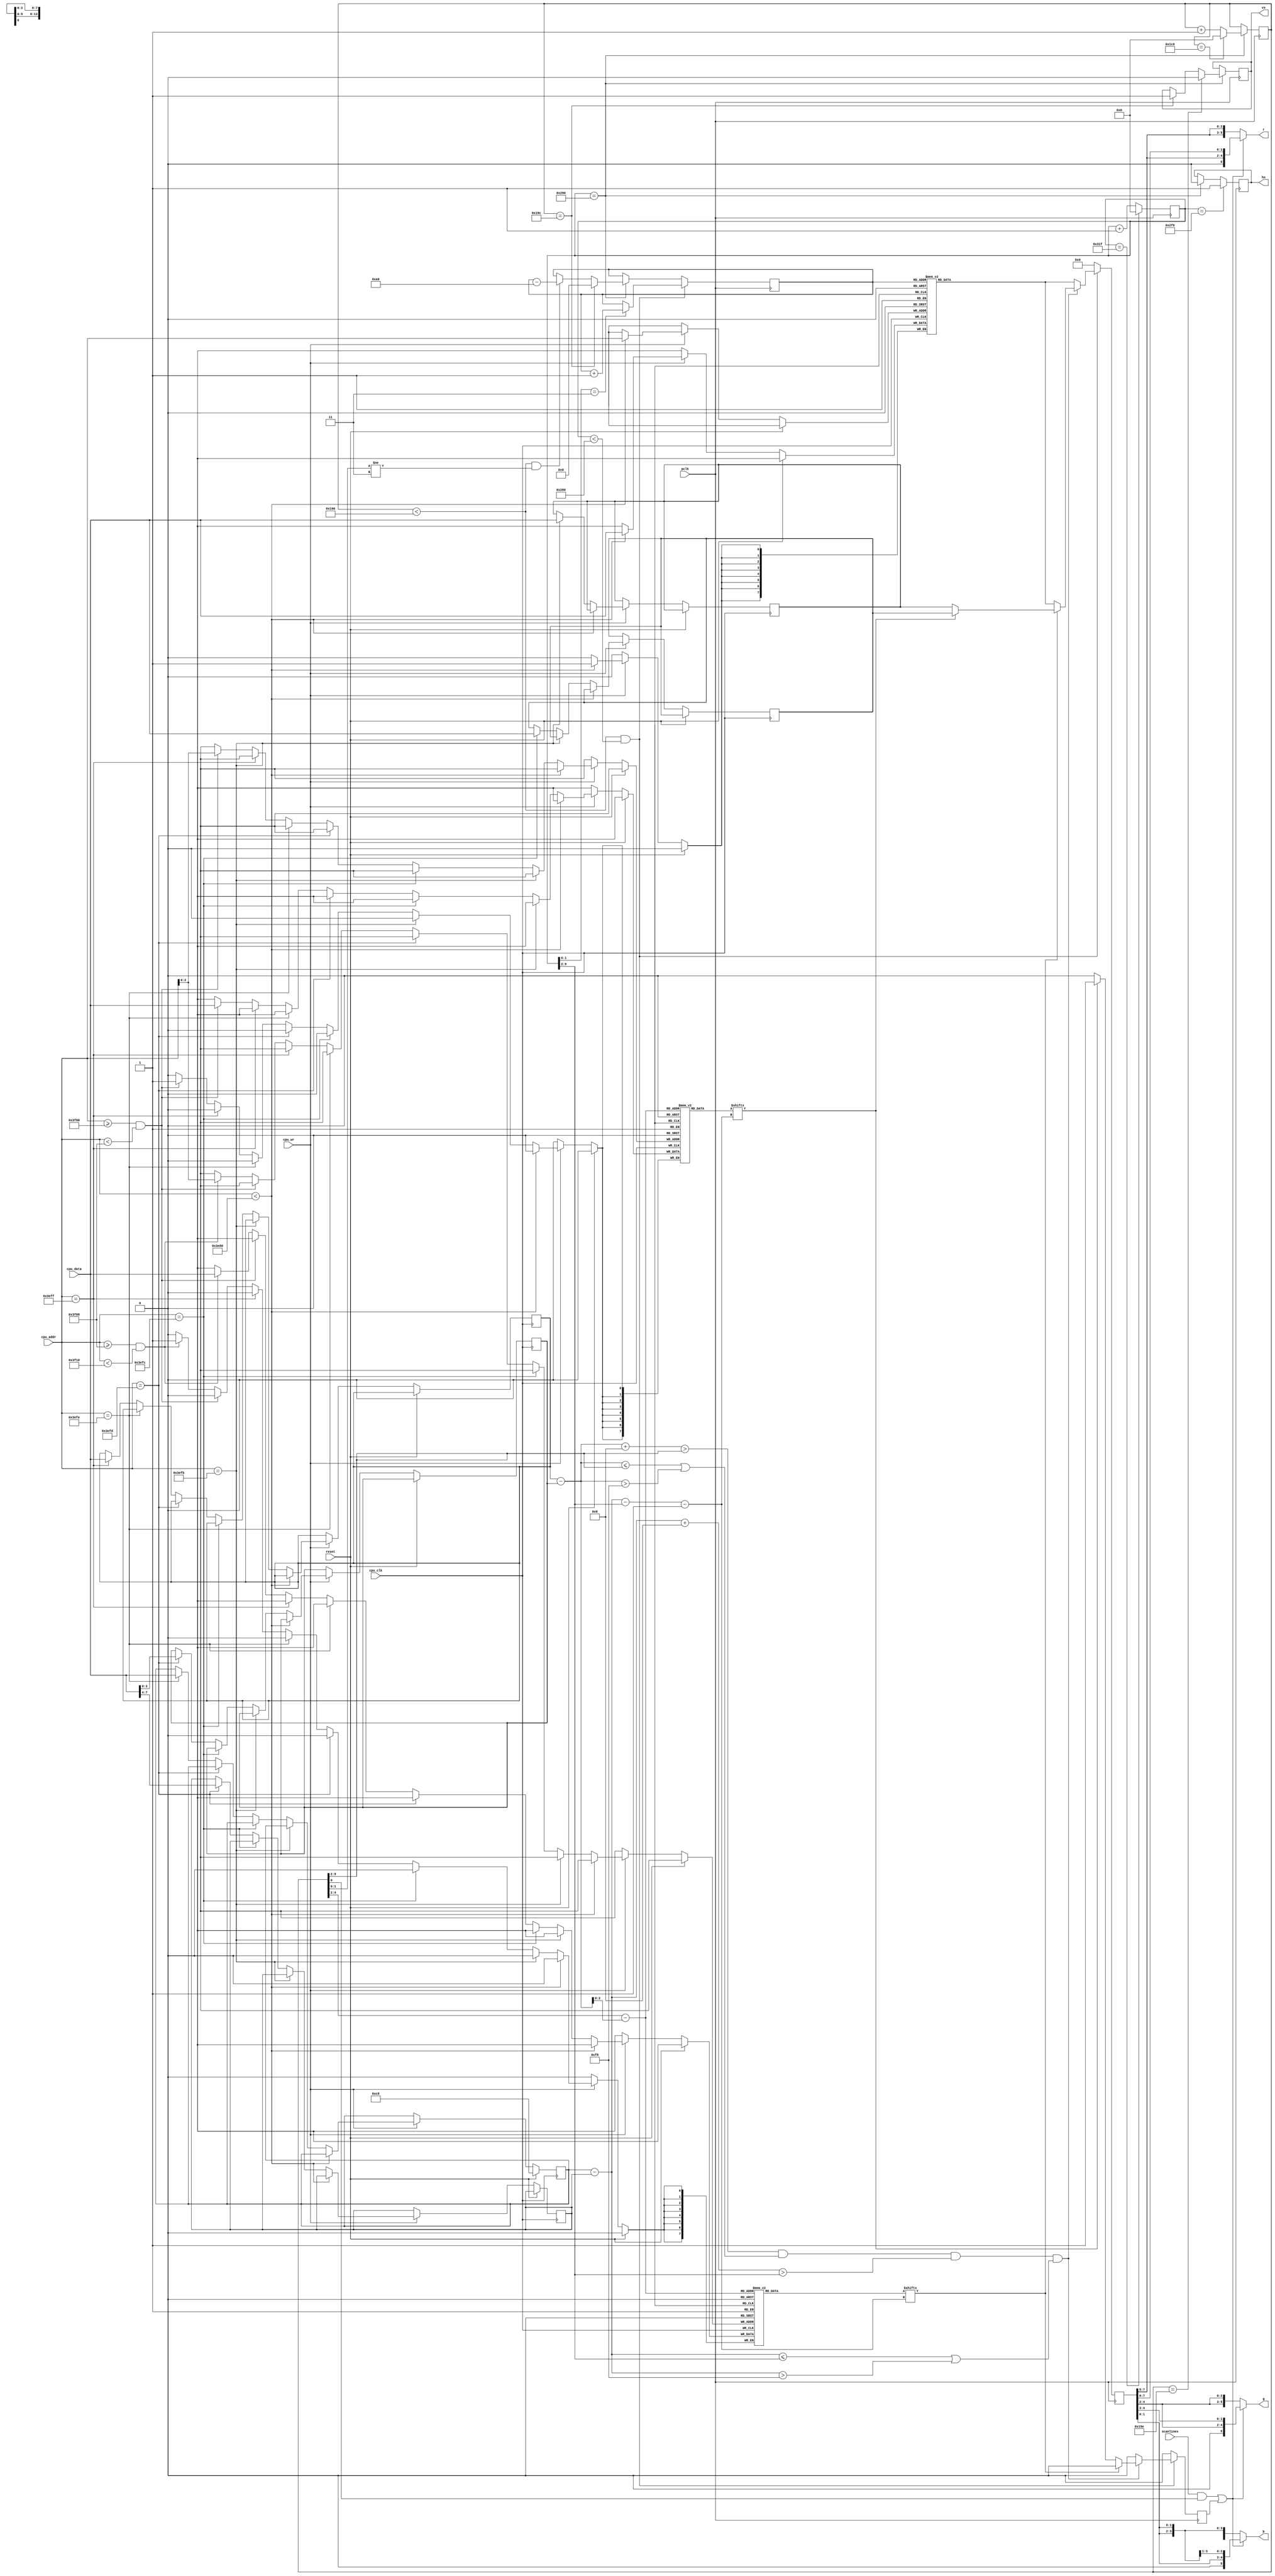
module vga (
   // reset and pixel clock
   input  reset,
   input  pclk,
	
	// CPU interface (write only!)
	input  cpu_clk,
	input  cpu_wr,
	input [13:0] cpu_addr,
	input [7:0] cpu_data,

	// enable/disable scanlines
	input scanlines,
	
	// output to VGA screen
   output reg	hs,
   output reg 	vs,
   output [5:0] r,
   output [5:0] g,
   output [5:0] b
);
					
// 640x400 70HZ VESA according to  http://tinyvga.com/vga-timing/640x400@70Hz
parameter H   = 640;    // width of visible area
parameter HFP = 16;     // unused time before hsync
parameter HS  = 96;     // width of hsync
parameter HBP = 48;     // unused time after hsync

parameter V   = 400;    // height of visible area
parameter VFP = 12;     // unused time before vsync
parameter VS  = 2;      // width of vsync
parameter VBP = 35;     // unused time after vsync

reg[9:0]  h_cnt;        // horizontal pixel counter
reg[9:0]  v_cnt;        // vertical pixel counter

// both counters count from the begin of the visibla area

// horizontal pixel counter
always@(posedge pclk) begin
	if(h_cnt==H+HFP+HS+HBP-1)   h_cnt <= 10'd0;
	else                        h_cnt <= h_cnt + 10'd1;

        // generate negative hsync signal
	if(h_cnt == H+HFP)    hs <= 1'b0;
	if(h_cnt == H+HFP+HS) hs <= 1'b1;
end

// veritical pixel counter
always@(posedge pclk) begin
        // the vertical counter is processed at the begin of each hsync
	if(h_cnt == H+HFP) begin
		if(v_cnt==VS+VBP+V+VFP-1)  v_cnt <= 10'd0; 
		else								v_cnt <= v_cnt + 10'd1;

               // generate positive vsync signal
 		if(v_cnt == V+VFP)    vs <= 1'b1;
		if(v_cnt == V+VFP+VS) vs <= 1'b0;
	end
end

// 16000 bytes of internal video memory for 160x100 pixel at 8 Bit (RGB 332)
reg [7:0] vmem [160*100-1:0];

reg [13:0] video_counter;
reg [7:0] pixel;
reg dark_pix;

// hardware cursor (sprite)
reg [7:0] cursor_mask[8];
reg [7:0] cursor_data[8];
reg [7:0] cursor_col_0, cursor_col_1;
reg [3:0] cursor_hot_x, cursor_hot_y;
reg [7:0] cursor_x, cursor_y;

// write VRAM via CPU interface
always @(posedge cpu_clk) begin
	if(reset)
		cursor_x <= 8'd200;   // cursor outside visible area
	else begin
		if(cpu_wr) begin
			if(cpu_addr < 16000)
				vmem[cpu_addr] <= cpu_data;
			else if(cpu_addr == 14'h3efb)
				cursor_col_0 <= cpu_data;
			else if(cpu_addr == 14'h3efc)
				cursor_col_1 <= cpu_data;
			else if(cpu_addr == 14'h3efd) begin
				cursor_hot_x <= cpu_data[7:4];
				cursor_hot_y <= cpu_data[3:0];
			end else if(cpu_addr == 14'h3efe)
				cursor_x <= cpu_data;
			else if(cpu_addr == 14'h3eff)
				cursor_y <= cpu_data;
			else if((cpu_addr >= 14'h3f00) && (cpu_addr < 14'h3f08))
				cursor_data[cpu_addr[2:0]] <= cpu_data;
			else if((cpu_addr >= 14'h3f08) && (cpu_addr < 14'h3f10))
				cursor_mask[cpu_addr[2:0]] <= cpu_data;
		end
	end
end

// add hot spot info to cursor position 
wire [7:0] cursor_map_x = cursor_x - { 4'h0, cursor_hot_x } /* synthesis keep */;
wire [7:0] cursor_map_y = cursor_y - { 4'h0, cursor_hot_y } /* synthesis keep */;
wire [7:0] cursor_data_byte = cursor_data[v_cnt[9:2] - cursor_map_y];
wire cursor_data_pix = cursor_data_byte[cursor_map_x - h_cnt[9:2] - 8'd1];
wire [7:0] cursor_mask_byte = cursor_mask[v_cnt[9:2] - cursor_map_y];
wire cursor_mask_pix = cursor_mask_byte[cursor_map_x - h_cnt[9:2] - 8'd1];

wire [7:0] vmem_byte = vmem[video_counter];

// read VRAM for video generation
always@(posedge pclk) begin
   // The video counter is being reset at the begin of each vsync.
   // Otherwise it's increased every fourth pixel in the visible area.
   // At the end of the first three of four lines the counter is
   // decreased by the total line length to display the same contents
   // for four lines so 100 different lines are displayed on the 400
   // VGA lines.

   // visible area?
	if((v_cnt < V) && (h_cnt < H)) begin
		// increase video counter after each pixel
		if(h_cnt[1:0] == 2'd3)
			video_counter <= video_counter + 14'd1;

		pixel <= vmem[video_counter];               // read VRAM
		dark_pix <= 1'b0;
		
		// draw cursor
		if(((cursor_map_y+8'd8) > v_cnt[9:2]) && 
			((cursor_map_y <= v_cnt[9:2]) || (cursor_map_y > 248)) &&
			((cursor_map_x+8'd8) > h_cnt[9:2]) && 
			((cursor_map_x <= h_cnt[9:2]) || (cursor_map_x > 248))  ) begin

			if(cursor_mask_pix)
				pixel <= cursor_data_pix?cursor_col_1:cursor_col_0;
			else if(cursor_data_pix)
				dark_pix <= 1'b1;
		end
		
	end else begin
	        // video counter is manipulated at the end of a line outside
	        // the visible area
		if(h_cnt == H+HFP) begin
			// the video counter is reset at the begin of the vsync
		        // at the end of three of four lines it's decremented
		        // one line to repeat the same pixels over four display
		        //  lines
			if(v_cnt == V+VFP)
				video_counter <= 14'd0;
			else if((v_cnt < V) && (v_cnt[1:0] != 2'd3))
				video_counter <= video_counter - 14'd160;
		end
			
		pixel <= 8'h00;   // color outside visible area: black
		dark_pix <= 1'b0;
	end
end

// split the 8 rgb bits into the three base colors. Every second line is
// darker when scanlines are enabled
wire dark = (scanlines && v_cnt[0]) || dark_pix;
wire [5:0] r_col = { pixel[7:5], pixel[7:5] };
wire [5:0] g_col = { pixel[4:2], pixel[4:2] };
wire [5:0] b_col = { pixel[1:0], pixel[1:0], pixel[1:0] };

assign r = (!dark)?{ r_col }:{ 1'b0, r_col[5:1] };
assign g = (!dark)?{ g_col }:{ 1'b0, g_col[5:1] };
assign b = (!dark)?{ b_col }:{ 1'b0, b_col[5:1] };

endmodule